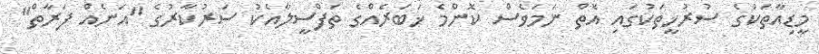
މީޑިއާތަކުގެ ސުރުޚީތަކުގައި އޮތް ނަމަވެސް ކޮންމެ ޚަބަރެއްގެ ތަފްސީލާއެކު ސަރުކާރުގެ "އަނެއް ފަރާތް"